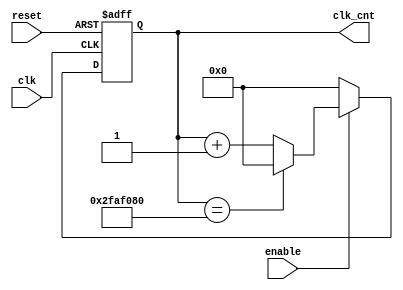
module ClockCounterGenerator_w1s(clk, reset, enable, clk_cnt);
input wire clk, reset, enable;
output wire [25:0]clk_cnt;

reg [25:0]next_clk_cnt;

assign clk_cnt = next_clk_cnt;

always @ (posedge clk or posedge reset)
begin
	if (reset == 1'b1) begin
		next_clk_cnt <= 26'b0;
	end
	else begin
		if (enable == 1) begin
	  		next_clk_cnt <= clk_cnt + 26'd1;
			if (clk_cnt == 26'd50000000) begin
		  		next_clk_cnt <= 26'd0;
			end
		end
		else begin
			next_clk_cnt <= 26'd0;
		end
	end
end
endmodule